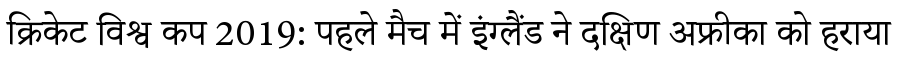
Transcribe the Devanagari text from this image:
क्रिकेट विश्व कप 2019: पहले मैच में इंग्लैंड ने दक्षिण अफ्रीका को हराया